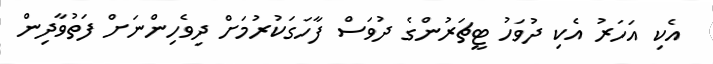
އެކި އަހަރު އެކި ދުވަހު ޓީޗަރުންގެ ދުވަސް ފާހަގަކުރުމަށް ދިވެހިންނަށް ފަތުވާދިން